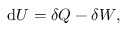
\mathrm { d } U = \delta Q - \delta W ,